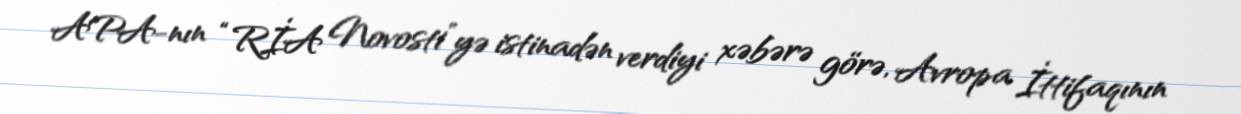
APA-nın “RİA Novosti”yə istinadən verdiyi xəbərə görə, Avropa İttifaqının